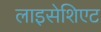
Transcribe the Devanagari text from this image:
लाइसेशिएट